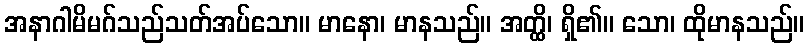
အနာဂါမိမဂ်သည်သတ်အပ်သော။ မာနော၊ မာနသည်။ အတ္ထိ၊ ရှိ၏။ သော၊ ထိုမာနသည်။